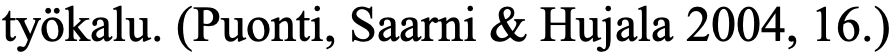
työkalu. (Puonti, Saarni & Hujala 2004, 16.)